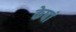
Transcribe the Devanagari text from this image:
केषां